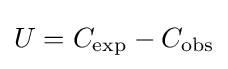
U=C_{\text{exp}}-C_{\text{obs}}